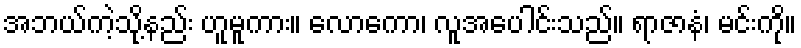
အဘယ်ကဲ့သို့နည်း ဟူမူကား။ လောကော၊ လူအပေါင်းသည်။ ရာဇာနံ၊ မင်းကို။